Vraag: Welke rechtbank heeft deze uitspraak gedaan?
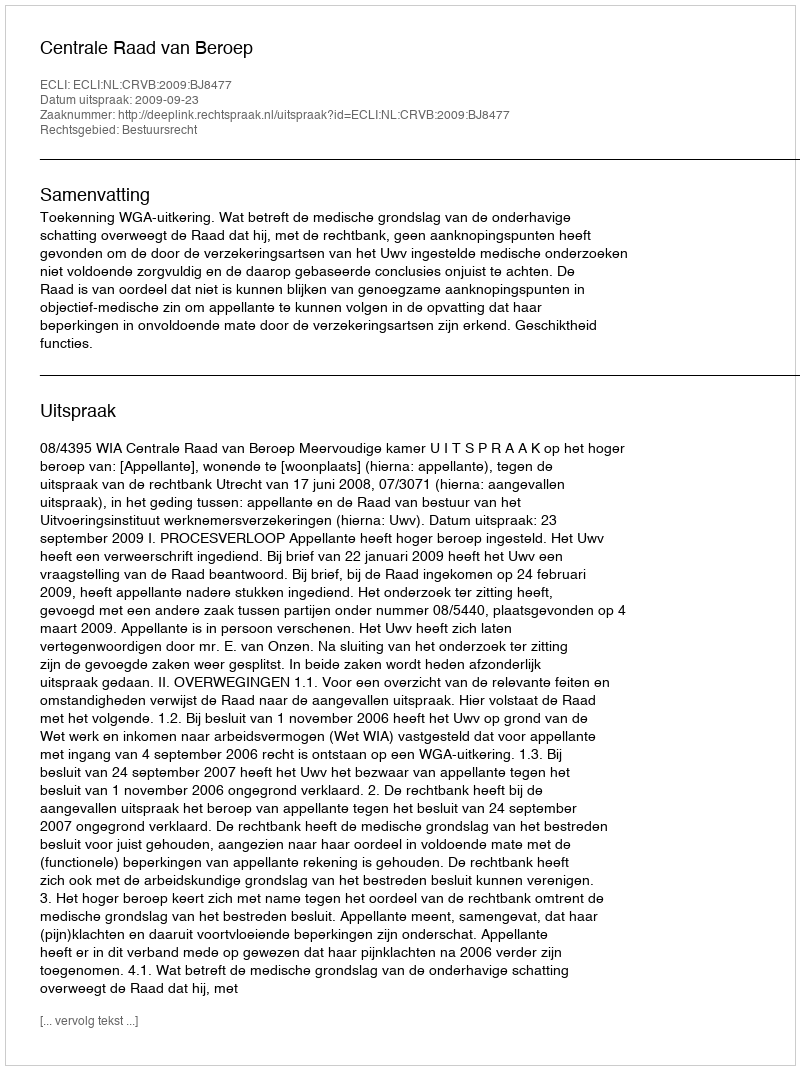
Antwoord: Centrale Raad van Beroep